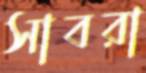
সাবরা